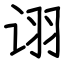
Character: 诩